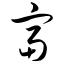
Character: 富